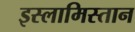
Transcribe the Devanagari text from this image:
इस्लामिस्तान